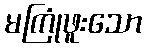
မကြုံဖူးသော